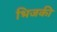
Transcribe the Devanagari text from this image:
भिजकी